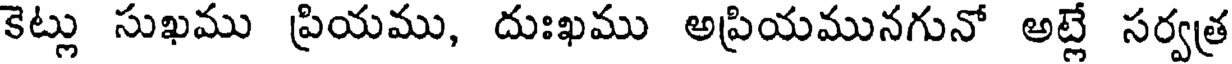
కెట్లు సుఖము ప్రియము, దుఃఖము అప్రియమునగునో అట్లే సర్వత్ర